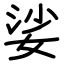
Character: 娑